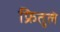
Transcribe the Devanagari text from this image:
फ्रितुले